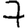
Digit: 7